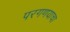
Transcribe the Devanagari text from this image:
परगणयाचा